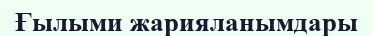
Ғылыми жарияланымдары